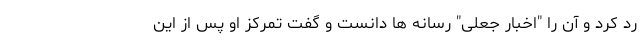
رد کرد و آن را "اخبار جعلی" رسانه ها دانست و گفت تمرکز او پس از این